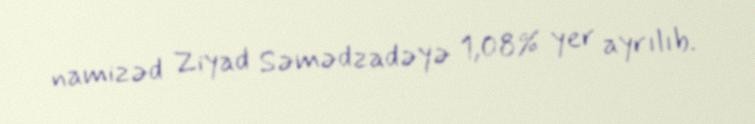
namizəd Ziyad Səmədzadəyə 1,08% yer ayrılıb.